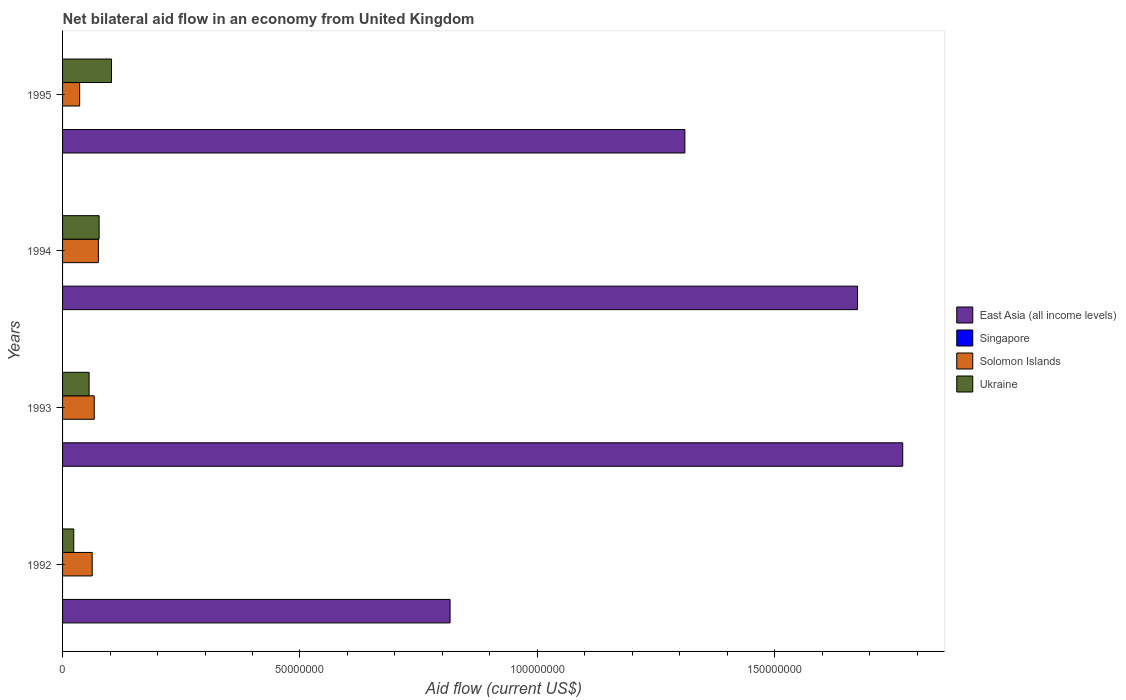
| Years | East Asia (all income levels) | Singapore | Solomon Islands | Ukraine |
 | --- | --- | --- | --- | --- |
 | 1992 | 8.16e+07 | -1.81e+06 | 6.24e+06 | 2.36e+06 |
 | 1993 | 1.77e+08 | -6e+05 | 6.67e+06 | 5.59e+06 |
 | 1994 | 1.67e+08 | -1.28e+06 | 7.54e+06 | 7.7e+06 |
 | 1995 | 1.31e+08 | -1.25e+06 | 3.6e+06 | 1.03e+07 |